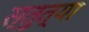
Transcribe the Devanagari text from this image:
स्तुत्या